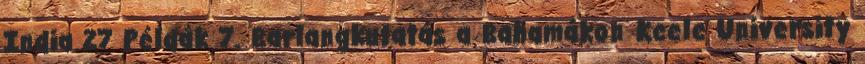
India 27 Példák 7. Barlangkutatás a Bahamákon Keele University